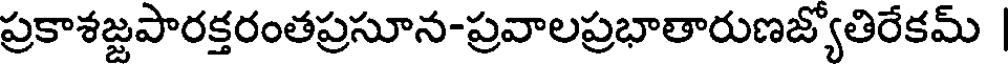
ప్రకాశజ్జపారక్తరంతప్రసూన-ప్రవాలప్రభాతారుణజ్యోతిరేకమ్